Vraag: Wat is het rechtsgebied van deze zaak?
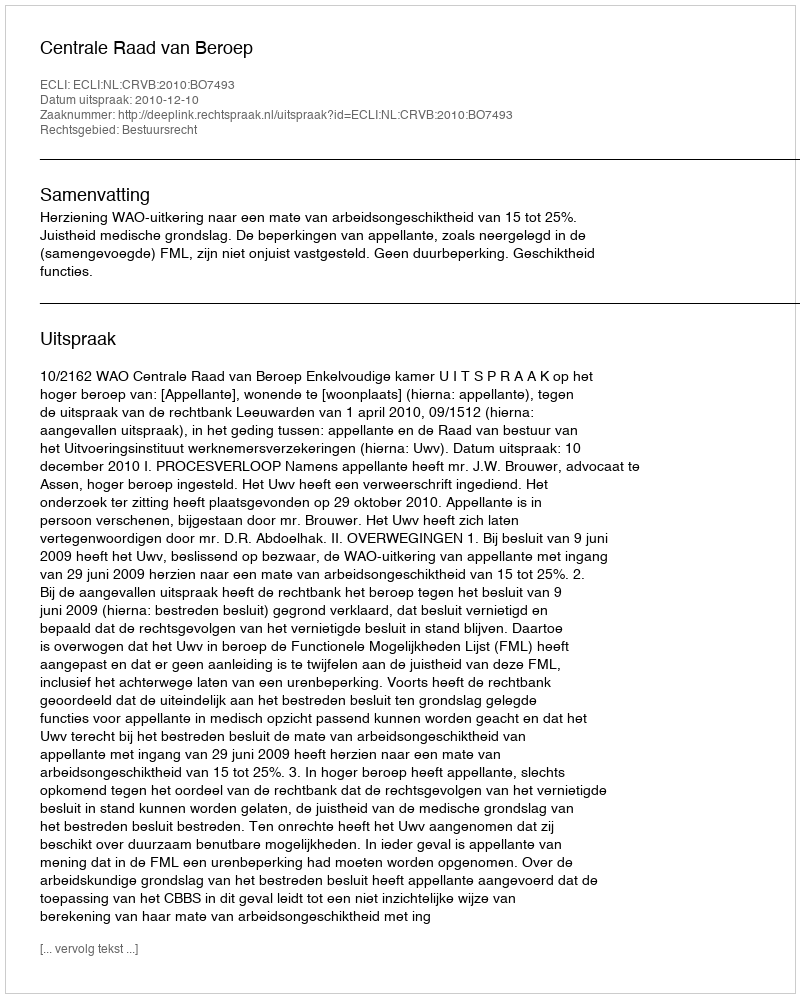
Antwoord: Bestuursrecht